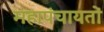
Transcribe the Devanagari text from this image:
महापंचायतों